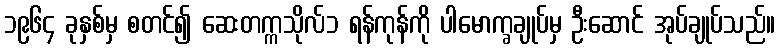
၁၉၆၄ ခုနှစ်မှ စတင်၍ ဆေးတက္ကသိုလ်၁ ရန်ကုန်ကို ပါမောက္ခချုပ်မှ ဦးဆောင် အုပ်ချုပ်သည်။